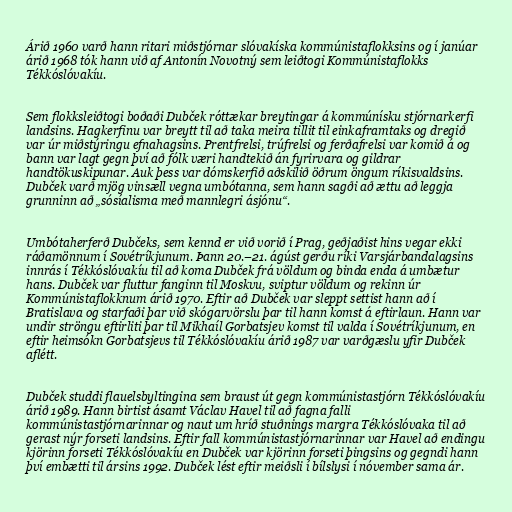
Árið 1960 varð hann ritari miðstjórnar slóvakíska kommúnistaflokksins og í janúar
árið 1968 tók hann við af Antonín Novotný sem leiðtogi Kommúnistaflokks
Tékkóslóvakíu.

Sem flokksleiðtogi boðaði Dubček róttækar breytingar á kommúnísku stjórnarkerfi
landsins. Hagkerfinu var breytt til að taka meira tillit til einkaframtaks og dregið
var úr miðstýringu efnahagsins. Prentfrelsi, trúfrelsi og ferðafrelsi var komið á og
bann var lagt gegn því að fólk væri handtekið án fyrirvara og gildrar
handtökuskipunar. Auk þess var dómskerfið aðskilið öðrum öngum ríkisvaldsins.
Dubček varð mjög vinsæll vegna umbótanna, sem hann sagði að ættu að leggja
grunninn að „sósíalisma með mannlegri ásjónu“.

Umbótaherferð Dubčeks, sem kennd er við vorið í Prag, geðjaðist hins vegar ekki
ráðamönnum í Sovétríkjunum. Þann 20.–21. ágúst gerðu ríki Varsjárbandalagsins
innrás í Tékkóslóvakíu til að koma Dubček frá völdum og binda enda á umbætur
hans. Dubček var fluttur fanginn til Moskvu, sviptur völdum og rekinn úr
Kommúnistaflokknum árið 1970. Eftir að Dubček var sleppt settist hann að í
Bratislava og starfaði þar við skógarvörslu þar til hann komst á eftirlaun. Hann var
undir ströngu eftirliti þar til Mikhaíl Gorbatsjev komst til valda í Sovétríkjunum, en
eftir heimsókn Gorbatsjevs til Tékkóslóvakíu árið 1987 var varðgæslu yfir Dubček
aflétt.

Dubček studdi flauelsbyltingina sem braust út gegn kommúnistastjórn Tékkóslóvakíu
árið 1989. Hann birtist ásamt Václav Havel til að fagna falli
kommúnistastjórnarinnar og naut um hríð stuðnings margra Tékkóslóvaka til að
gerast nýr forseti landsins. Eftir fall kommúnistastjórnarinnar var Havel að endingu
kjörinn forseti Tékkóslóvakíu en Dubček var kjörinn forseti þingsins og gegndi hann
því embætti til ársins 1992. Dubček lést eftir meiðsli í bílslysi í nóvember sama ár.